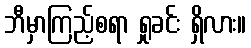
ဘီမှာကြည့်စရာ ရှုခင်း ရှိလား။